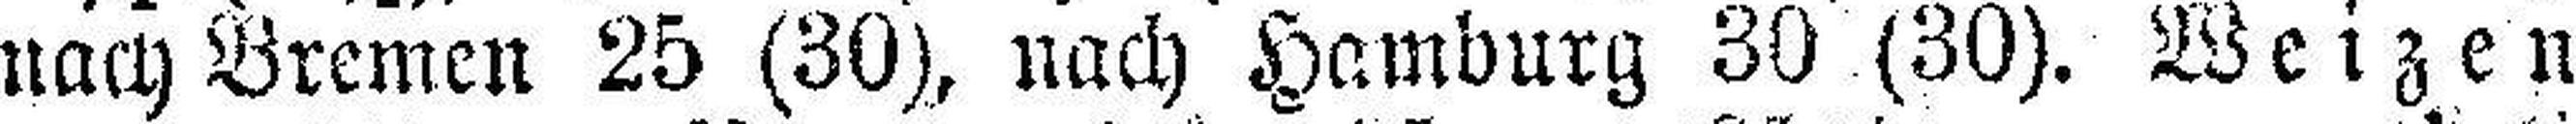
nach Bremen 25 (30), nach Hamburg 30 (30). Weizen